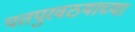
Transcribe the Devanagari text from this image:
पतपुरवठयाच्या